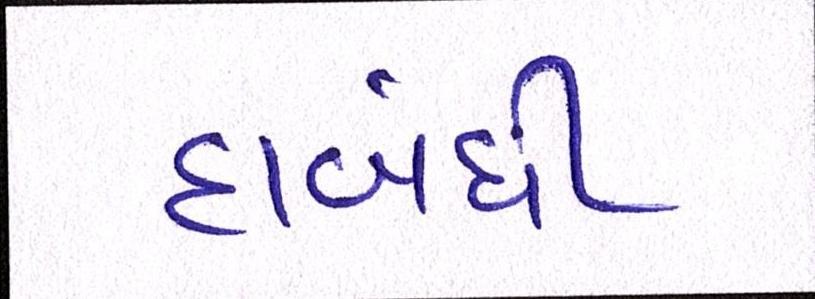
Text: દાબંધી